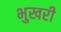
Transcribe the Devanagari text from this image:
भुखरी